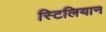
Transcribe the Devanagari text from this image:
स्टिलियान